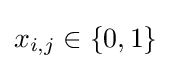
x_{i,j}\in \{0,1\}